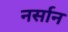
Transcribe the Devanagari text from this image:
नर्सान